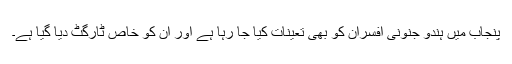
پنجاب میں ہندو جنونی افسران کو بھی تعینات کیا جا رہا ہے اور ان کو خاص ٹارگٹ دیا گیا ہے۔